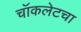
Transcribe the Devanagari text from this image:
चॉकलेटचा